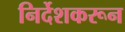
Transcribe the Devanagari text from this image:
निर्देशकरून